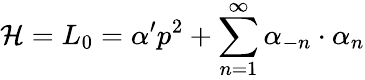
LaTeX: \mathcal{H}=L_{0}=\alpha^{\prime}p^{2}+\sum_{n=1}^{\infty}\alpha_{-n}\cdot\alpha_{n}